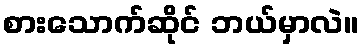
စားသောက်ဆိုင် ဘယ်မှာလဲ။